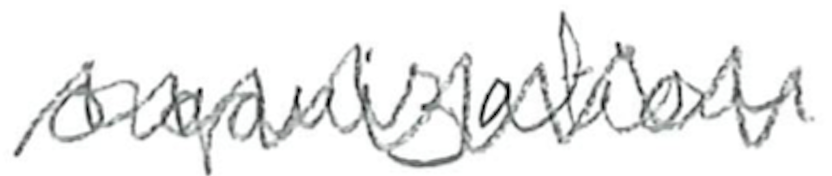
Text: organization
Cross-out: mix
Writing tool: pencil